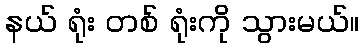
နယ် ရုံး တစ် ရုံးကို သွားမယ်။